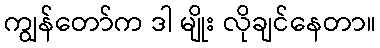
ကျွန်တော်က ဒါ မျိုး လိုချင်နေတာ။